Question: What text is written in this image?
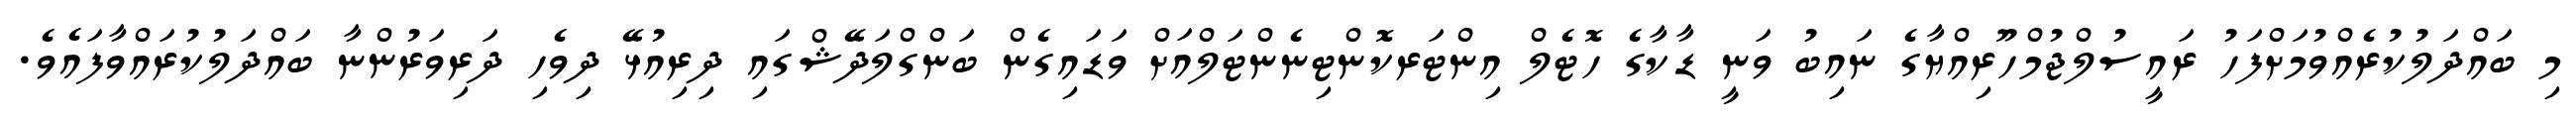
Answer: މި ބައްދަލުކުރެއްވުމަށްފަހު ރައީސުލްޖުމްހޫރިއްޔާގެ ނައިބު ވަނީ ޑާކާގެ ހޮޓެލް އިންޓަރކޮންޓިނެންޓަލްއަށް ވަޑައިގެން ބަންގްލަދޭޝްގައި ދިރިއުޅޭ ދިވެހި ދަރިވަރުންނާ ބައްދަލުކުރައްވާފައެވެ.